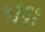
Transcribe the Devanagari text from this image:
५१६१